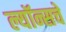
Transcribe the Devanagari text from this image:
ल्यॉन्सचे